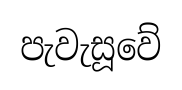
පැවැසූවේ